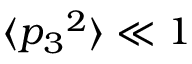
\langle { p _ { 3 } } ^ { 2 } \rangle \ll 1